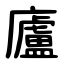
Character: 廬